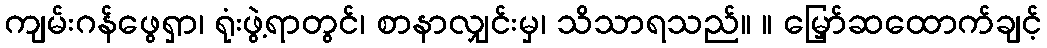
ကျမ်းဂန်ဖွေရှာ၊ ရုံးဖွဲ့ရာတွင်၊ စာနာလျှင်းမှ၊ သိသာရသည်။ ။ မြှော်ဆထောက်ချင့်